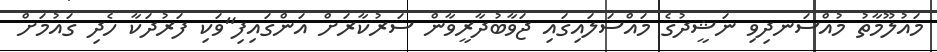
މައުލޫމާތު މުއްސަނދިވި ނަޝީދުގެ މައްސަލައިގައި ޖަވާބުދާރީވާން ސަރުކާރަށް އަންގައިފި"ވަކި ފަރުދަކާ ހެދި ގައުމަށް